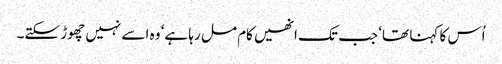
اُس کا کہنا تھا‘ جب تک انھیں کام مل رہا ہے‘ وہ اسے نہیں چھوڑ سکتے۔